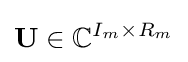
{\bf {U}}\in \mathbb {C} ^{I_{m}\times R_{m}}